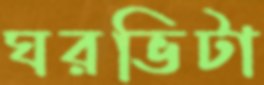
ঘরভিটা